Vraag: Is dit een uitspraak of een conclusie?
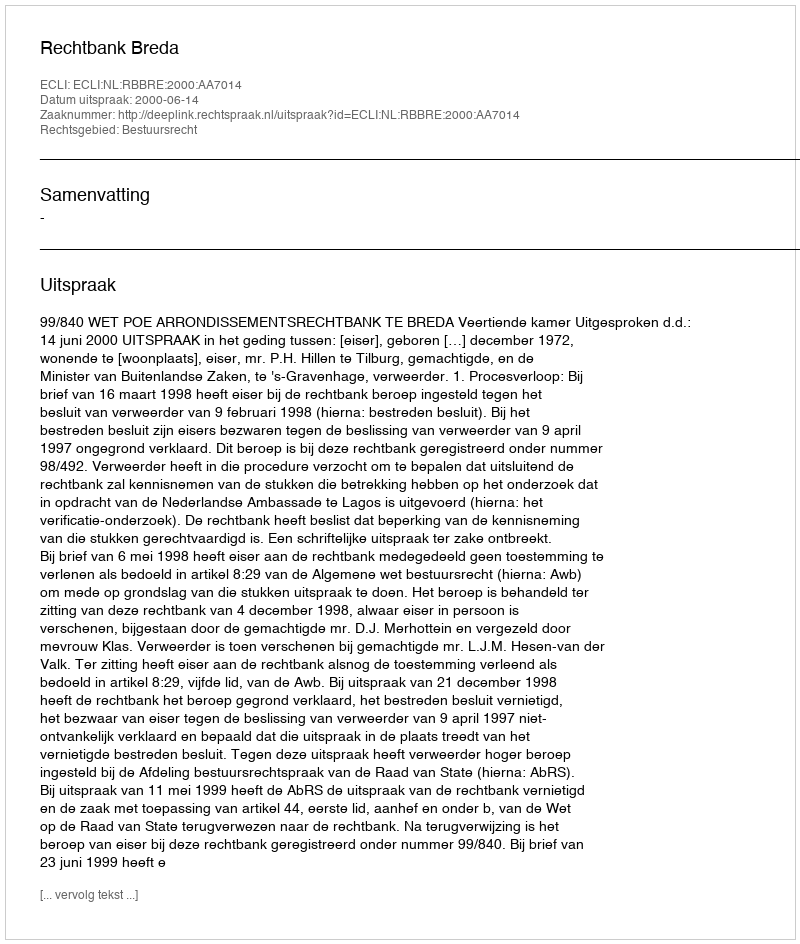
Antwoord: Uitspraak